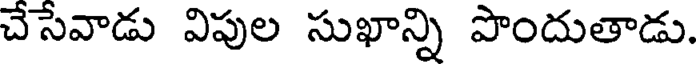
చేసేవాడు విపుల సుఖాన్ని పొందుతాడు.